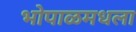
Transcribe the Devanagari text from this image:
भोपाळमधला